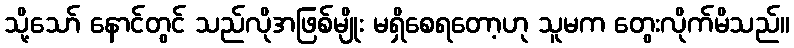
သို့သော် နောင်တွင် သည်လိုအဖြစ်မျိုး မရှိစေရတော့ဟု သူမက တွေးလိုက်မိသည်။